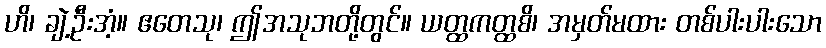
ဟိ၊ ချဲ့ဦးအံ့။ ဧတေသု၊ ဤအသုဘတို့တွင်။ ယတ္ထကတ္ထစိ၊ အမှတ်မထား တစ်ပါးပါးသော